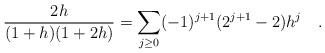
LaTeX: \begin{align*}\frac {2h}{(1+h)(1+2h)} = \sum_{j\ge 0} (-1)^{j+1} (2^{j+1}-2) h^j\quad.\end{align*}